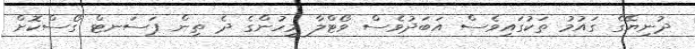
ދުނިޔޭގެ ގައުމު ތަކުގައިވެސް އަބަދުވެސް ވޯޓްލާ މީހުންގެ ދެ ތިން ޕަސަނޓް ގޯސްކޮށް